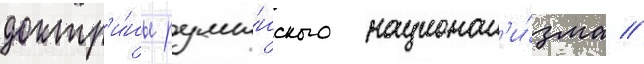
доктр'и́ны румы́нского национал'и́зма //